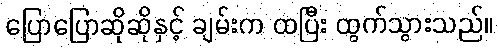
ပြောပြောဆိုဆိုနှင့် ချမ်းက ထပြီး ထွက်သွားသည်။